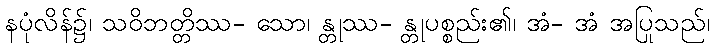
နပုံလိန်၌၊ သဝိဘတ္တိဿ- သော၊ န္တုဿ- န္တုပစ္စည်း၏၊ အံ- အံ အပြုသည်၊